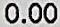
0.00